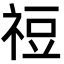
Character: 䄈